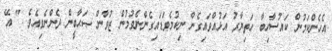
އެހެންކަމުން ކައުސާހިބާ ހަތިޔާރު އަޅުއްވައިގެން ނިކުމެވަޑައިގެންނެވުމުން ޒުވާން ޞަޙާބީން ދެންނެވިއެވެ. " އޭ